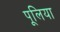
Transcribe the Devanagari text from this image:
पूलिया